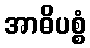
အာဓိပစ္စံ